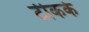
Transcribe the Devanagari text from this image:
टीकर्क